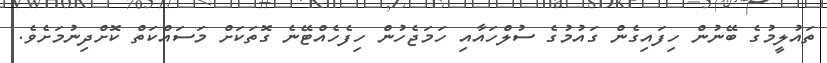
ތައުލީމުގެ ބޭނުން ހިފައިގެން ގައުމުގެ ސުލްހައާއި ހަމަޖެހުން ހިފެހެއްޓޭނެ ގޮތަކަށް މަސައްކަތް ކޮށްދިނުމަށެވެ.